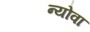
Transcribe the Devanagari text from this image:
न्योवा